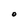
Character: O